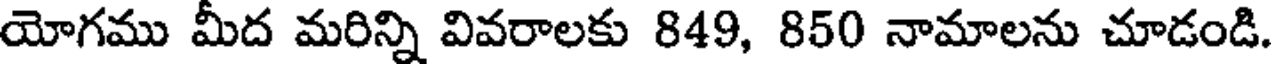
యోగము మీద మరిన్ని వివరాలకు 849, 850 నామాలను చూడండి.